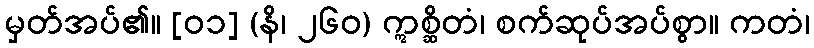
မှတ်အပ်၏။ [၀၁] (နိ၊ ၂၆၀) ဣစ္ဆိတံ၊ စက်ဆုပ်အပ်စွာ။ ကတံ၊